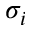
\sigma _ { i }